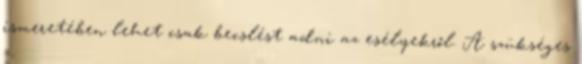
ismeretében lehet csak becslést adni az esélyekről. A szükséges